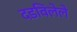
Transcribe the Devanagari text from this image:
दडविलेले